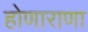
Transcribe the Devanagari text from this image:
होणाराणा